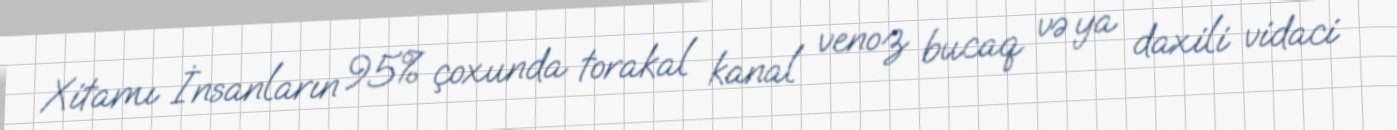
Xitamı İnsanların 95% çoxunda torakal kanal venoz bucaq və ya daxili vidaci